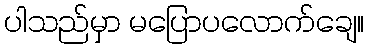
ပါသည်မှာ မပြောပလောက်ချေ။